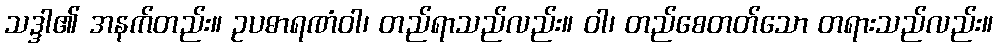
သဒ္ဒါ၏ အနက်တည်း။ ဥပဓာရဏံဝါ၊ တည်ရာသည်လည်း။ ဝါ၊ တည်စေတတ်သော တရားသည်လည်း။